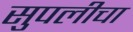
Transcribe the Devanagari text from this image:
सुपलीचा